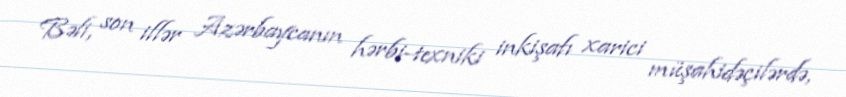
Bəli, son illər Azərbaycanın hərbi-texniki inkişafı xarici müşahidəçilərdə,